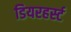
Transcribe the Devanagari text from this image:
डियरहर्स्ट